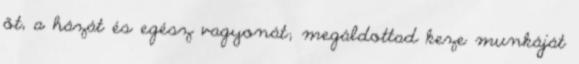
őt, a házát és egész vagyonát; megáldottad keze munkáját